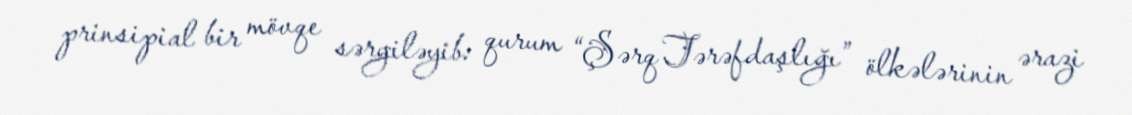
prinsipial bir mövqe sərgiləyib: qurum “Şərq Tərəfdaşlığı” ölkələrinin ərazi